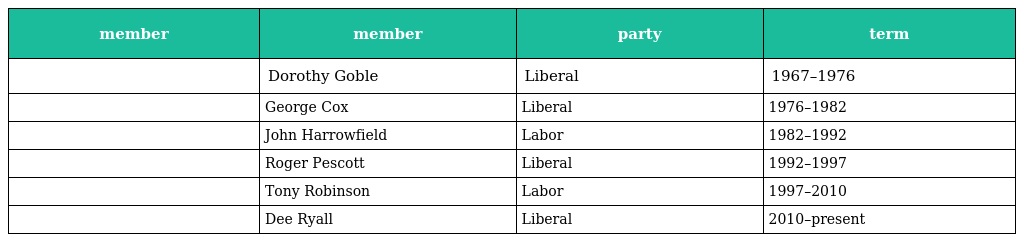
| member | member | party | term |
 | --- | --- | --- | --- |
 |  | Dorothy Goble | Liberal | 1967–1976 |
 |  | George Cox | Liberal | 1976–1982 |
 |  | John Harrowfield | Labor | 1982–1992 |
 |  | Roger Pescott | Liberal | 1992–1997 |
 |  | Tony Robinson | Labor | 1997–2010 |
 |  | Dee Ryall | Liberal | 2010–present |